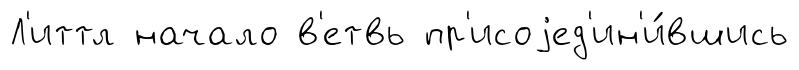
Л'иттл начало в'етвь пр'исоjед'ин'и́вшись